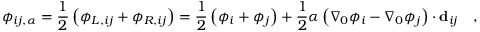
\phi _ { i j , \alpha } = \frac { 1 } { 2 } \left( \phi _ { L , i j } + \phi _ { R , i j } \right) = \frac { 1 } { 2 } \left( \phi _ { i } + \phi _ { j } \right) + \frac { 1 } { 2 } \alpha \left( \nabla _ { 0 } { \phi _ { i } } - \nabla _ { 0 } { \phi _ { j } } \right) \cdot \mathbf { d } _ { i j } \quad ,